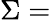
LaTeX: \Sigma=